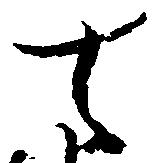
去